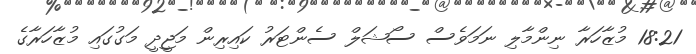
18:21 މުޒާހަރާ ނިންމާލި ނަމަވެސް ސޯޝަލް ސެންޓަރު ކައިރިން މަޖީދީ މަގުގައި މުޒާހަރާގެ